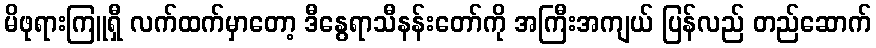
မိဖုရားကြူရှီ လက်ထက်မှာတော့ ဒီနွေရာသီနန်းတော်ကို အကြီးအကျယ် ပြန်လည် တည်ဆောက်